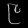
Digit: ၉